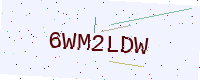
Text: 6WM2LDW